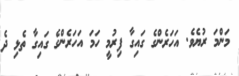
މަންމަ ރުޔެވެ. އަހަރެންގެ ގައިގާ ފިރުމީ ހަމަ އަހަރެންގެ ގައިގާ ތެޅި ދެ